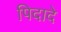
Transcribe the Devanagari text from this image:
पिदादे